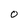
Character: O